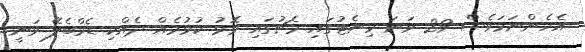
އެހެންނަމަވެސް 29 ވަނަ މިނެޓުގައި މެޗުގައި މޮޅު ކުޅުމެއް ދެއްކި ޑެމްބެލޭ ވަނީ